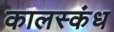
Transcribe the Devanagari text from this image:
कालस्कंध